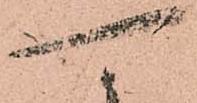
可